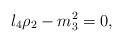
LaTeX: \begin{align*}l_4\rho_2-m_3^2=0,\end{align*}